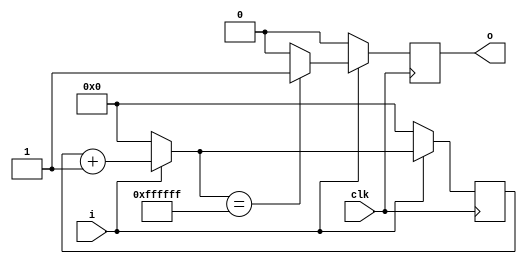
//////////////////////////////////////////////////////////////////////////////////
// Company: Akademia Grniczo-Hutnicza w Krakowie
// rdo moduu: https://www.fpga4student.com/2018/08/basys-3-fpga-ov7670-camera.html
// Tumaczone z jzyka vhdl i przerabiane do poprawnego dziaania
// Project Name: Ardudido
// Tool Versions: Vivado 2017.3
//////////////////////////////////////////////////////////////////////////////////

module debounce(
	input wire clk,
	input wire i,
	output reg o
);
	reg [23:0] c,c_nxt;

	always @(posedge clk) begin
	    c <= c_nxt;
		if (i == 1'b1) begin
			if (c_nxt == 24'hFFFFFF) begin
                    o <= 1'b1;
                end
            else begin
                    o<= 1'b0;
                end
		end
		else begin
			 c <= {24{1'b0}};
			 o <= 1'b0;
			end
		end
	always @*
	begin
	   if (i == 1'b1) begin
            c_nxt = c + 1;
       end
       else begin
       c_nxt ={24{1'b0}};
       end                 
	end
endmodule